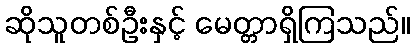
ဆိုသူတစ်ဦးနှင့် မေတ္တာရှိကြသည်။